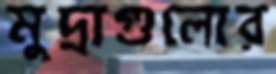
মুদ্রাগুলোর